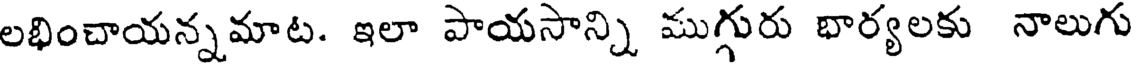
లభించాయన్నమాట. ఇలా పాయసాన్ని ముగ్గురు భార్యలకు నాలుగు